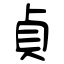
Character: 貞